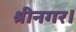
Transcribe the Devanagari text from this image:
श्रीनगर।